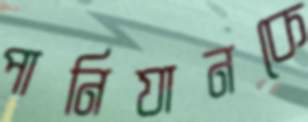
পানিযানকে